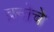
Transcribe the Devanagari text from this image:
ब्रनोचे